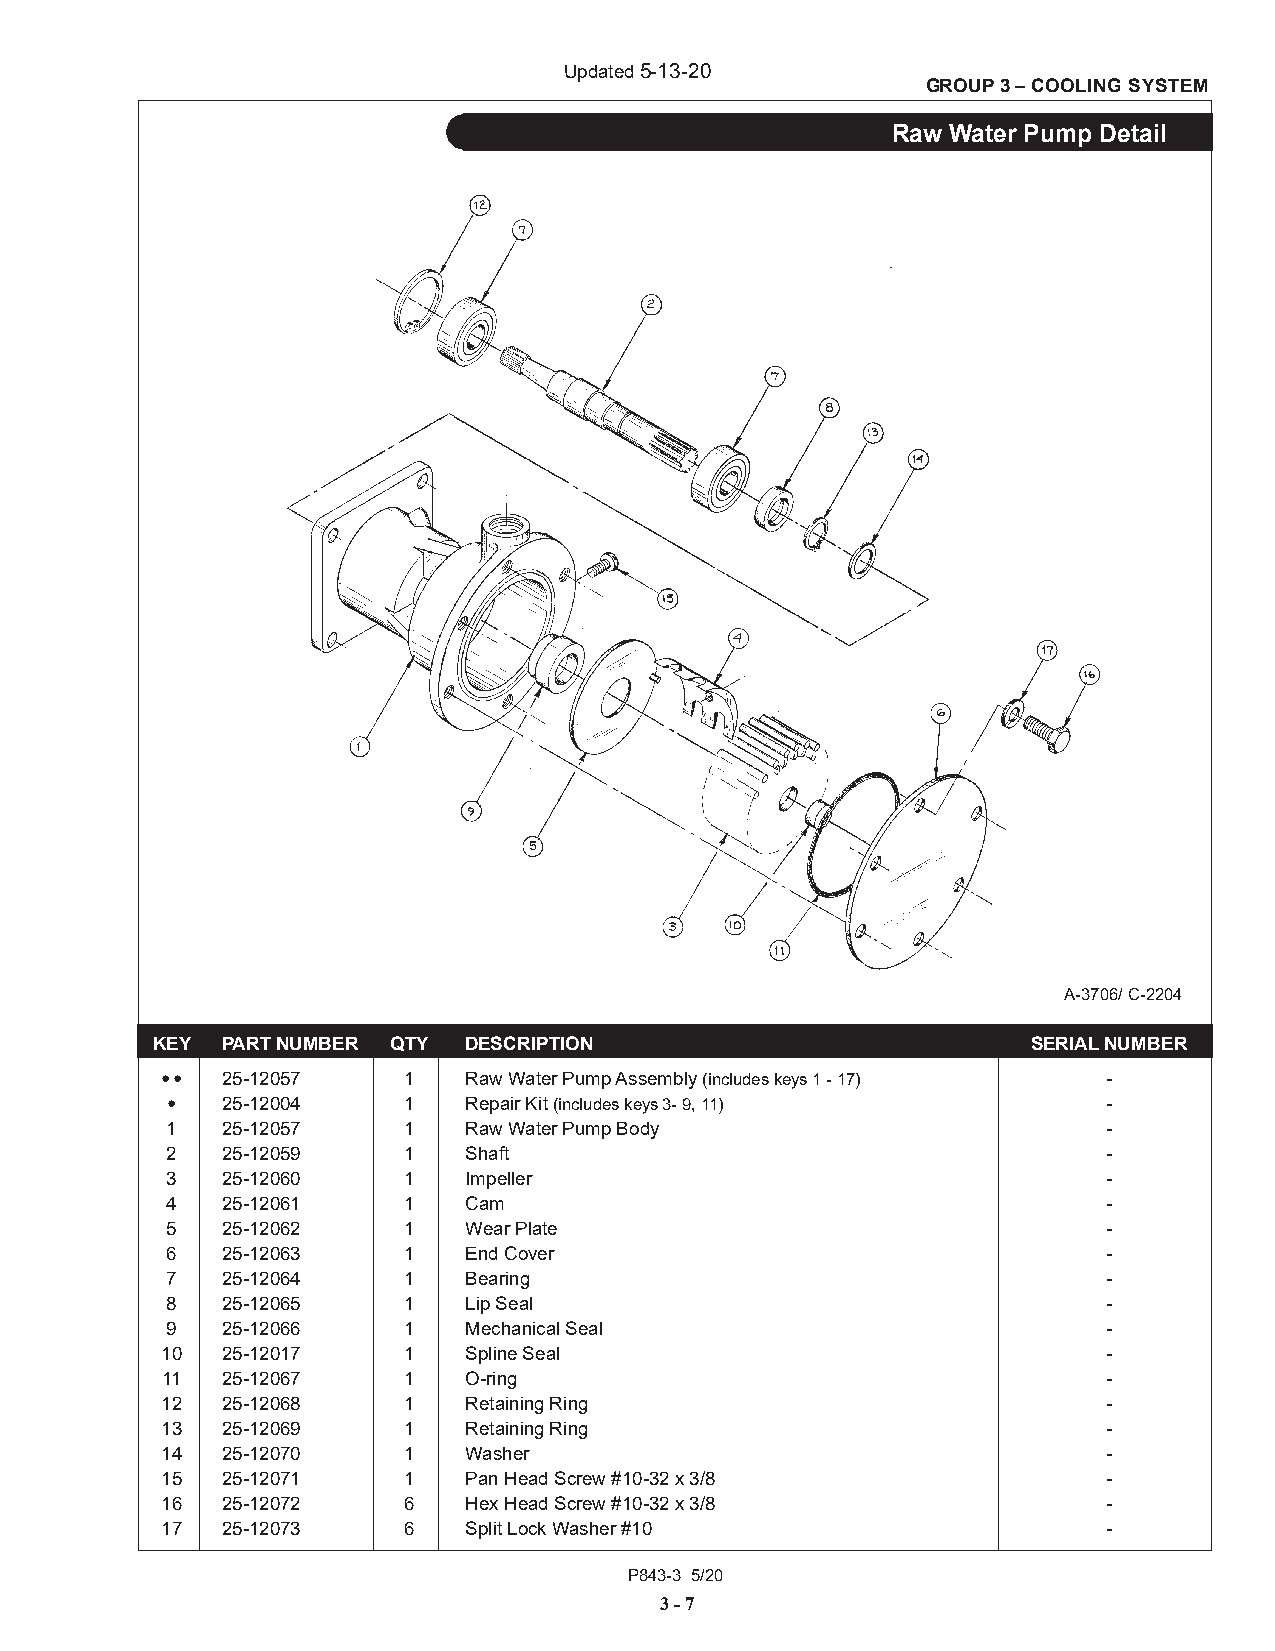
Updated 5-13-20
 GROUP 3 – COOLING SYSTEM
 Raw Water Pump Detail
 A-3706/ C-2204
 KEY  PART NUMBER QTY DESCRIPTION                          SERIAL NUMBER
 ••  25-12057    1   Raw Water Pump Assembly (includes keys 1 - 17) -
 •   25-12004    1   Repair Kit (includes keys 3- 9, 11)       -
 1   25-12057    1   Raw Water Pump Body                       -
 2   25-12059    1   Shaft                                     -
 3   25-12060    1   Impeller                                  -
 4   25-12061    1   Cam                                       -
 5   25-12062    1   Wear Plate                                -
 6   25-12063    1   End Cover                                 -
 7   25-12064    1   Bearing                                   -
 8   25-12065    1   Lip Seal                                  -
 9   25-12066    1   Mechanical Seal                           -
 10  25-12017    1   Spline Seal                               -
 11  25-12067    1   O-ring                                    -
 12  25-12068    1   Retaining Ring                            -
 13  25-12069    1   Retaining Ring                            -
 14  25-12070    1   Washer                                    -
 15  25-12071    1   Pan Head Screw #10-32 x 3/8               -
 16  25-12072    6   Hex Head Screw #10-32 x 3/8               -
 17  25-12073    6   Split Lock Washer #10                     -
 P843-3 5/20
 3 - 7